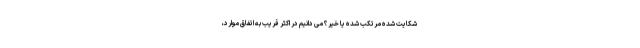
شکایت شده مرتکب شده یا خیر؟ می دانیم در اکثر قریب به اتفاق موارد،